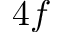
4 f